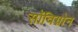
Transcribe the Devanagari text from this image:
सॉविग्नोन